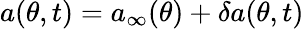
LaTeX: a(\theta,t)=a_{\infty}(\theta)+\delta a(\theta,t)